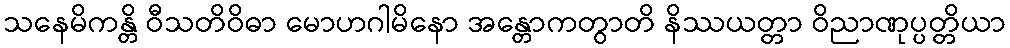
သနေမိကန္တိ ဝီသတိဝိဓာ မောဟဂါမိနော အန္တောကတွာတိ နိဿယတ္တာ ဝိညာဏုပ္ပတ္တိယာ